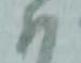
以